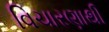
વિચારણાથી